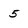
Character: 5